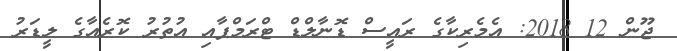
ޖޫން 12 2018: އެމެރިކާގެ ރައީސް ޑޮނާލްޑް ޓްރަމްޕާއި އުތުރު ކޮރެއާގެ ލީޑަރު